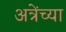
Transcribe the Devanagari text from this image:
अत्रेंच्या